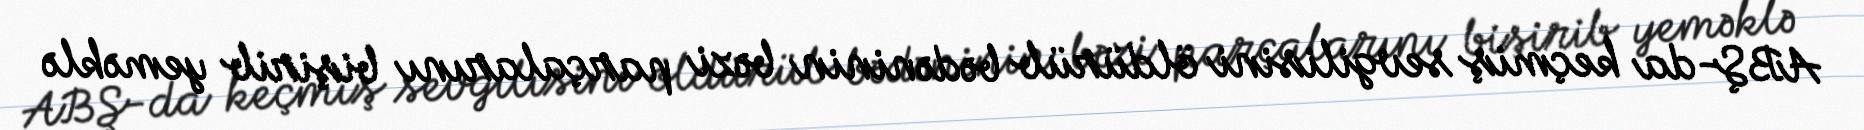
ABŞ-da keçmiş sevgilisini öldürüb bədəninin bəzi parçalarını bişirib yeməklə